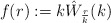
\begin{align*}f(r) := k\hat W_{\frac{r}{k}}(k)\end{align*}